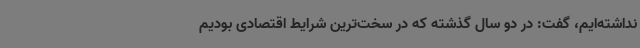
نداشته‌ایم، گفت: در دو سال گذشته که در سخت‌ترین شرایط اقتصادی بودیم